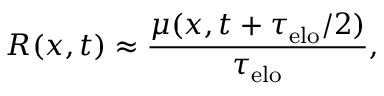
R ( x , t ) \approx \frac { \mu ( x , t + \tau _ { \mathrm { e l o } } / 2 ) } { \tau _ { \mathrm { e l o } } } ,